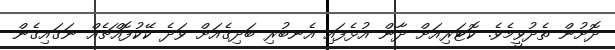
ދޮށުން ތެދުވީމެވެ. ކޮޓަރިއަށް ދާން އުޅެފައި އެނބުރި ބަދިގެއަށް ވަދެ ކޭކުފޮއްޗެއް ނަގައިގެން